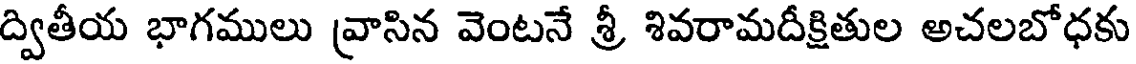
ద్వితీయ భాగములు వ్రాసిన వెంటనే శ్రీ శివరామదీక్షితుల అచలబోధకు